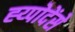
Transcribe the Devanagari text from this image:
ह्य्पोदेंसे